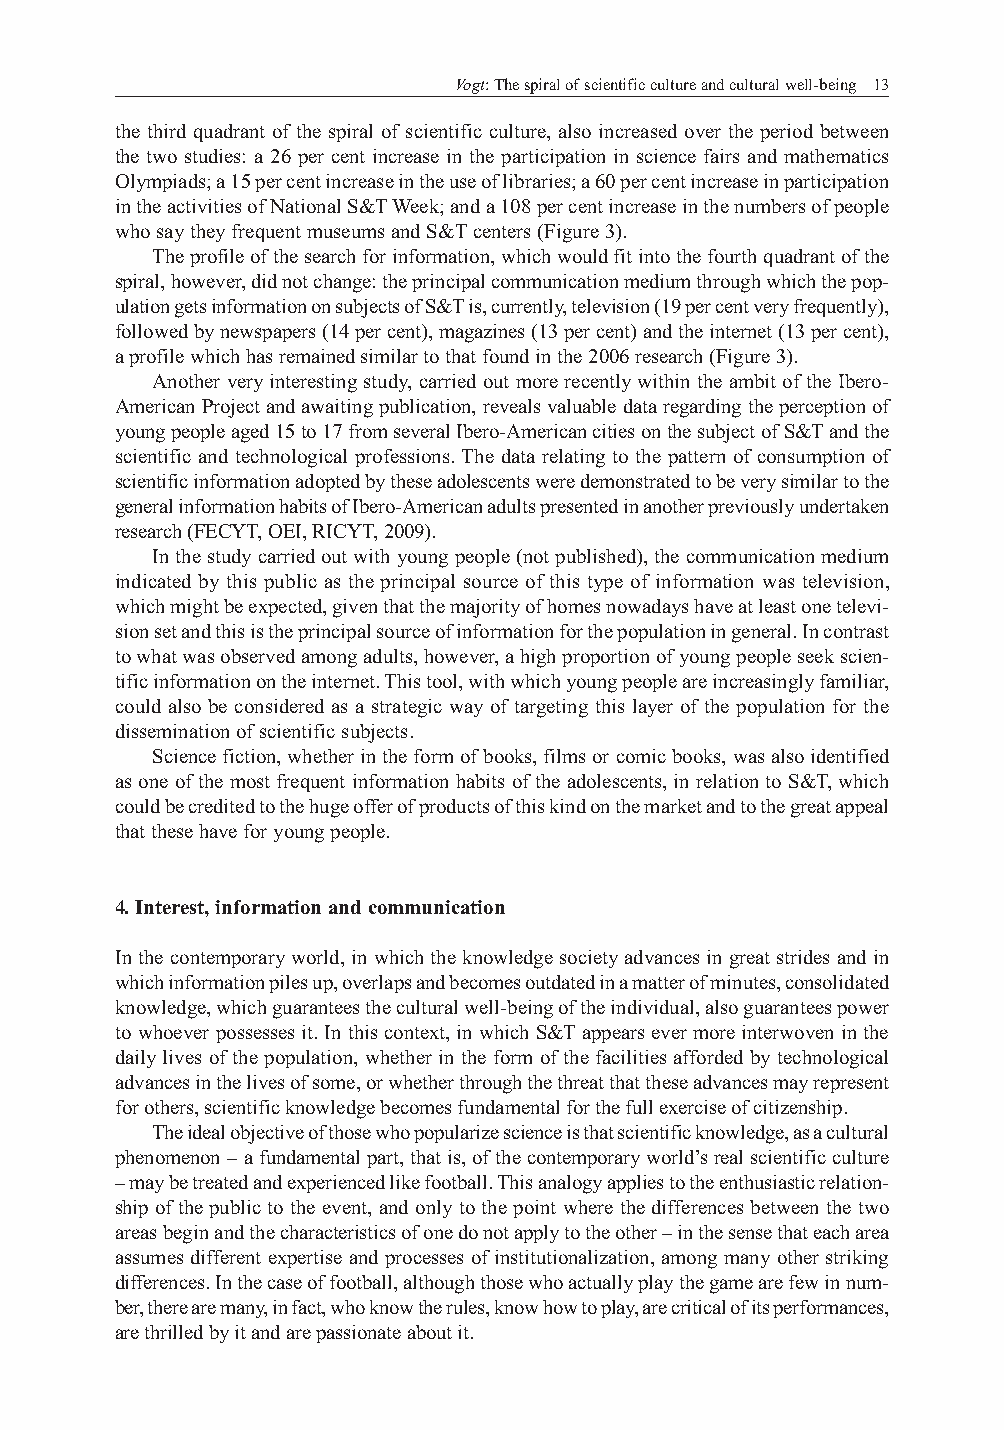
Vogt: The spiral of scientific culture and cultural well-being 13
 the third quadrant of the spiral of scientific culture, also increased over the period between
 the two studies: a 26 per cent increase in the participation in science fairs and mathematics
 Olympiads; a 15 per cent increase in the use of libraries; a 60 per cent increase in participation
 in the activities of National S&T Week; and a 108 per cent increase in the numbers of people
 who say they frequent museums and S&T centers (Figure 3).
 The profile of the search for information, which would fit into the fourth quadrant of the
 spiral, however, did not change: the principal communication medium through which the pop-
 ulation gets information on subjects of S&T is, currently, television (19 per cent very frequently),
 followed by newspapers (14 per cent), magazines (13 per cent) and the internet (13 per cent),
 a profile which has remained similar to that found in the 2006 research (Figure 3).
 Another very interesting study, carried out more recently within the ambit of the Ibero-
 American Project and awaiting publication, reveals valuable data regarding the perception of
 young people aged 15 to 17 from several Ibero-American cities on the subject of S&T and the
 scientific and technological professions. The data relating to the pattern of consumption of
 scientific information adopted by these adolescents were demonstrated to be very similar to the
 general information habits of Ibero-American adults presented in another previously undertaken
 research (FECYT, OEI, RICYT, 2009).
 In the study carried out with young people (not published), the communication medium
 indicated by this public as the principal source of this type of information was television,
 which might be expected, given that the majority of homes nowadays have at least one televi-
 sion set and this is the principal source of information for the population in general. In contrast
 to what was observed among adults, however, a high proportion of young people seek scien-
 tific information on the internet. This tool, with which young people are increasingly familiar,
 could also be considered as a strategic way of targeting this layer of the population for the
 dissemination of scientific subjects.
 Science fiction, whether in the form of books, films or comic books, was also identified
 as one of the most frequent information habits of the adolescents, in relation to S&T, which
 could be credited to the huge offer of products of this kind on the market and to the great appeal
 that these have for young people.
 4. Interest, information and communication
 In the contemporary world, in which the knowledge society advances in great strides and in
 which information piles up, overlaps and becomes outdated in a matter of minutes, consolidated
 knowledge, which guarantees the cultural well-being of the individual, also guarantees power
 to whoever possesses it. In this context, in which S&T appears ever more interwoven in the
 daily lives of the population, whether in the form of the facilities afforded by technological
 advances in the lives of some, or whether through the threat that these advances may represent
 for others, scientific knowledge becomes fundamental for the full exercise of citizenship.
 The ideal objective of those who popularize science is that scientific knowledge, as a cultural
 phenomenon – a fundamental part, that is, of the contemporary world’s real scientific culture
 – may be treated and experienced like football. This analogy applies to the enthusiastic relation-
 ship of the public to the event, and only to the point where the differences between the two
 areas begin and the characteristics of one do not apply to the other – in the sense that each area
 assumes different expertise and processes of institutionalization, among many other striking
 differences. In the case of football, although those who actually play the game are few in num-
 ber, there are many, in fact, who know the rules, know how to play, are critical of its performances,
 are thrilled by it and are passionate about it.